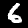
Label: 6